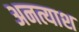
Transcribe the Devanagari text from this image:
अनत्याश